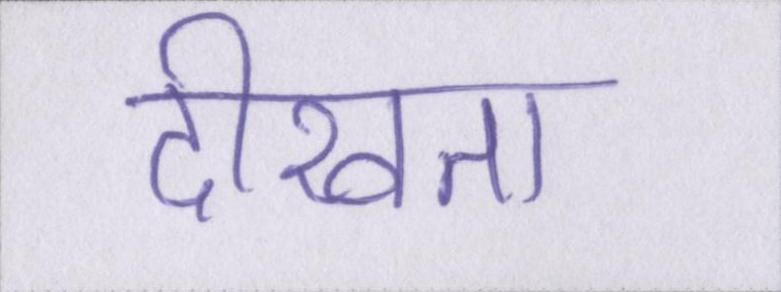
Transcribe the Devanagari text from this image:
दीखता